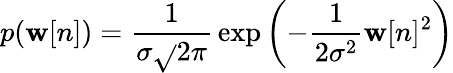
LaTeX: p(\mathbf{w}[n])={\frac{{1}}{{\sigma{\sqrt{}{{2\pi}}}}}}\exp\left(-{\frac{{1}}{{2\sigma^{2}}}}\mathbf{w}[n]^{2}\right)